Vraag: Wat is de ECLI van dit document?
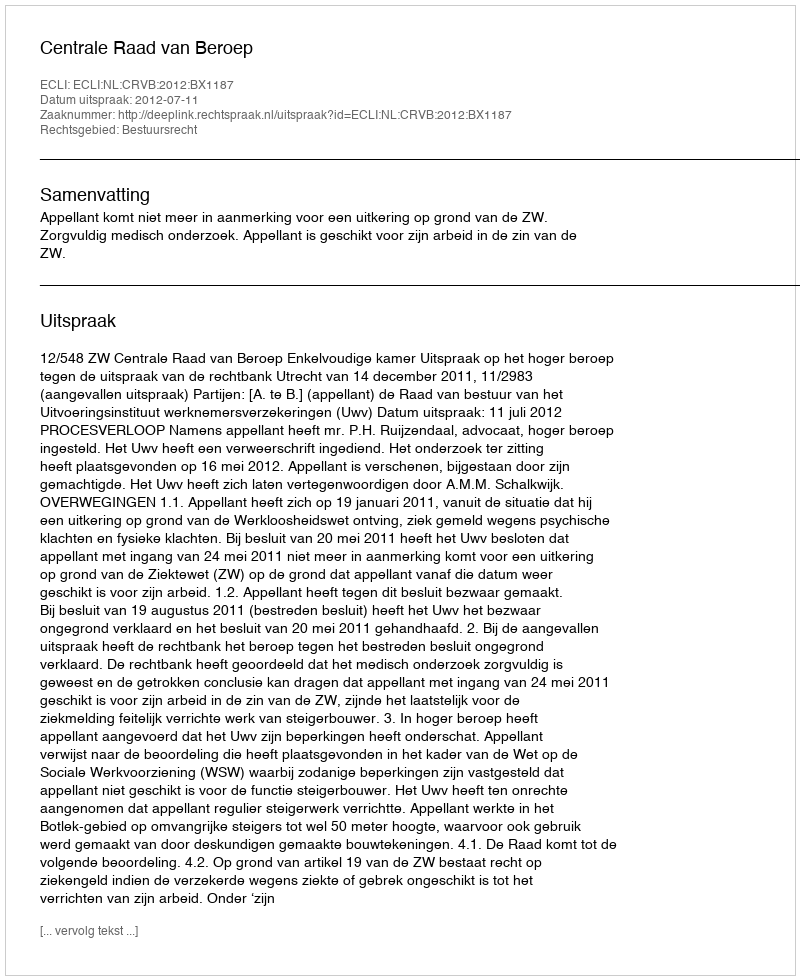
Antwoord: ECLI:NL:CRVB:2012:BX1187